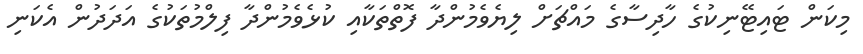
މިކަން ޓައިޓޭނިކުގެ ހާދިސާގެ މައްޗަށް ލިޔެވެމުންދާ ފޮތްތަކާއި ކުޅެވެމުންދާ ފިލްމުތަކުގެ އަދަދުން އެކަނި